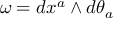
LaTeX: \omega = d x ^ { a } \wedge d \theta _ { a }